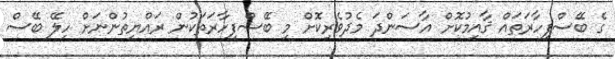
ގެ ބޭސްފިހާރަތައް ޤާއިމުކޮށް އާސަންދަ މެދުވެރިކޮށް މި ބޭސްފިހާރަތަކުން ރައްޔިތުންނަށް ހިލޭ ބޭސް